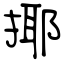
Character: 揶